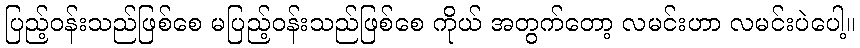
ပြည့်ဝန်းသည်ဖြစ်စေ မပြည့်ဝန်းသည်ဖြစ်စေ ကိုယ် အတွက်တော့ လမင်းဟာ လမင်းပဲပေါ့။